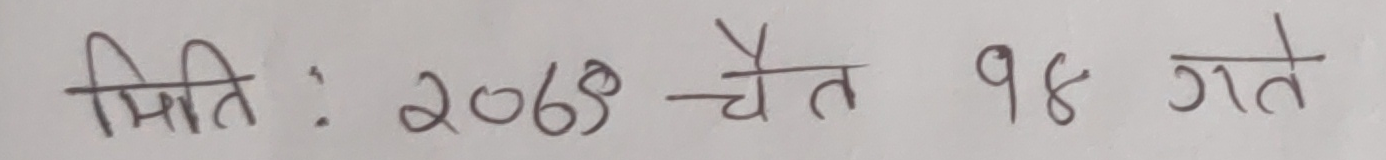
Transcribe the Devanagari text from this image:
मितिः २०७९ चैत १४ गते